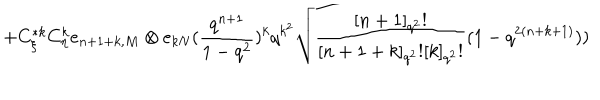
+ C _ { \xi } ^ { * k } C _ { \eta } ^ { k } e _ { n + 1 + k , M } \otimes e _ { k N } ( \frac { q ^ { n + 1 } } { 1 - q ^ { 2 } } ) ^ { k } q ^ { k ^ { 2 } } \sqrt { \frac { [ n + 1 ] _ { q ^ { 2 } } ! } { [ n + 1 + k ] _ { q ^ { 2 } } ! [ k ] _ { q ^ { 2 } } ! } } ( 1 - q ^ { 2 ( n + k + 1 ) } ) )